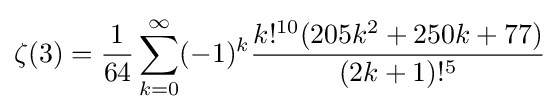
\zeta (3)={\frac {1}{64}}\sum _{k=0}^{\infty }(-1)^{k}{\frac {k!^{10}(205k^{2}+250k+77)}{(2k+1)!^{5}}}